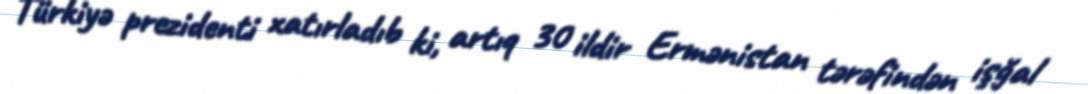
Türkiyə prezidenti xatırladıb ki, artıq 30 ildir Ermənistan tərəfindən işğal